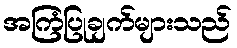
အကြံပြုချက်များသည်